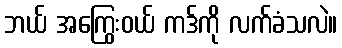
ဘယ် အကြွေးဝယ် ကဒ်ကို လက်ခံသလဲ။